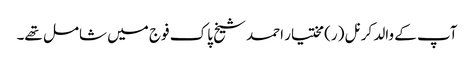
آپ کے والد کرنل (ر) مختیار احمد شیخ پاک فوج میں شامل تھے۔